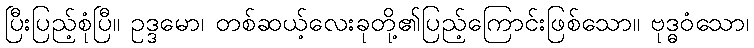
ပြီးပြည့်စုံပြီ။ ဥဒ္ဒမော၊ တစ်ဆယ့်လေးခုတို့၏ပြည့်ကြောင်းဖြစ်သော။ ဗုဒ္ဓဝံသော၊